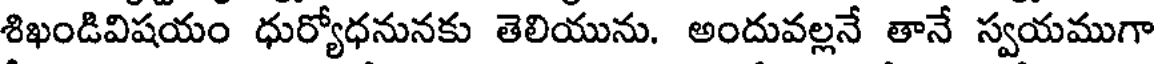
శిఖండివిషయం ధుర్యోధనునకు తెలియును. అందువల్లనే తానే స్వయముగా